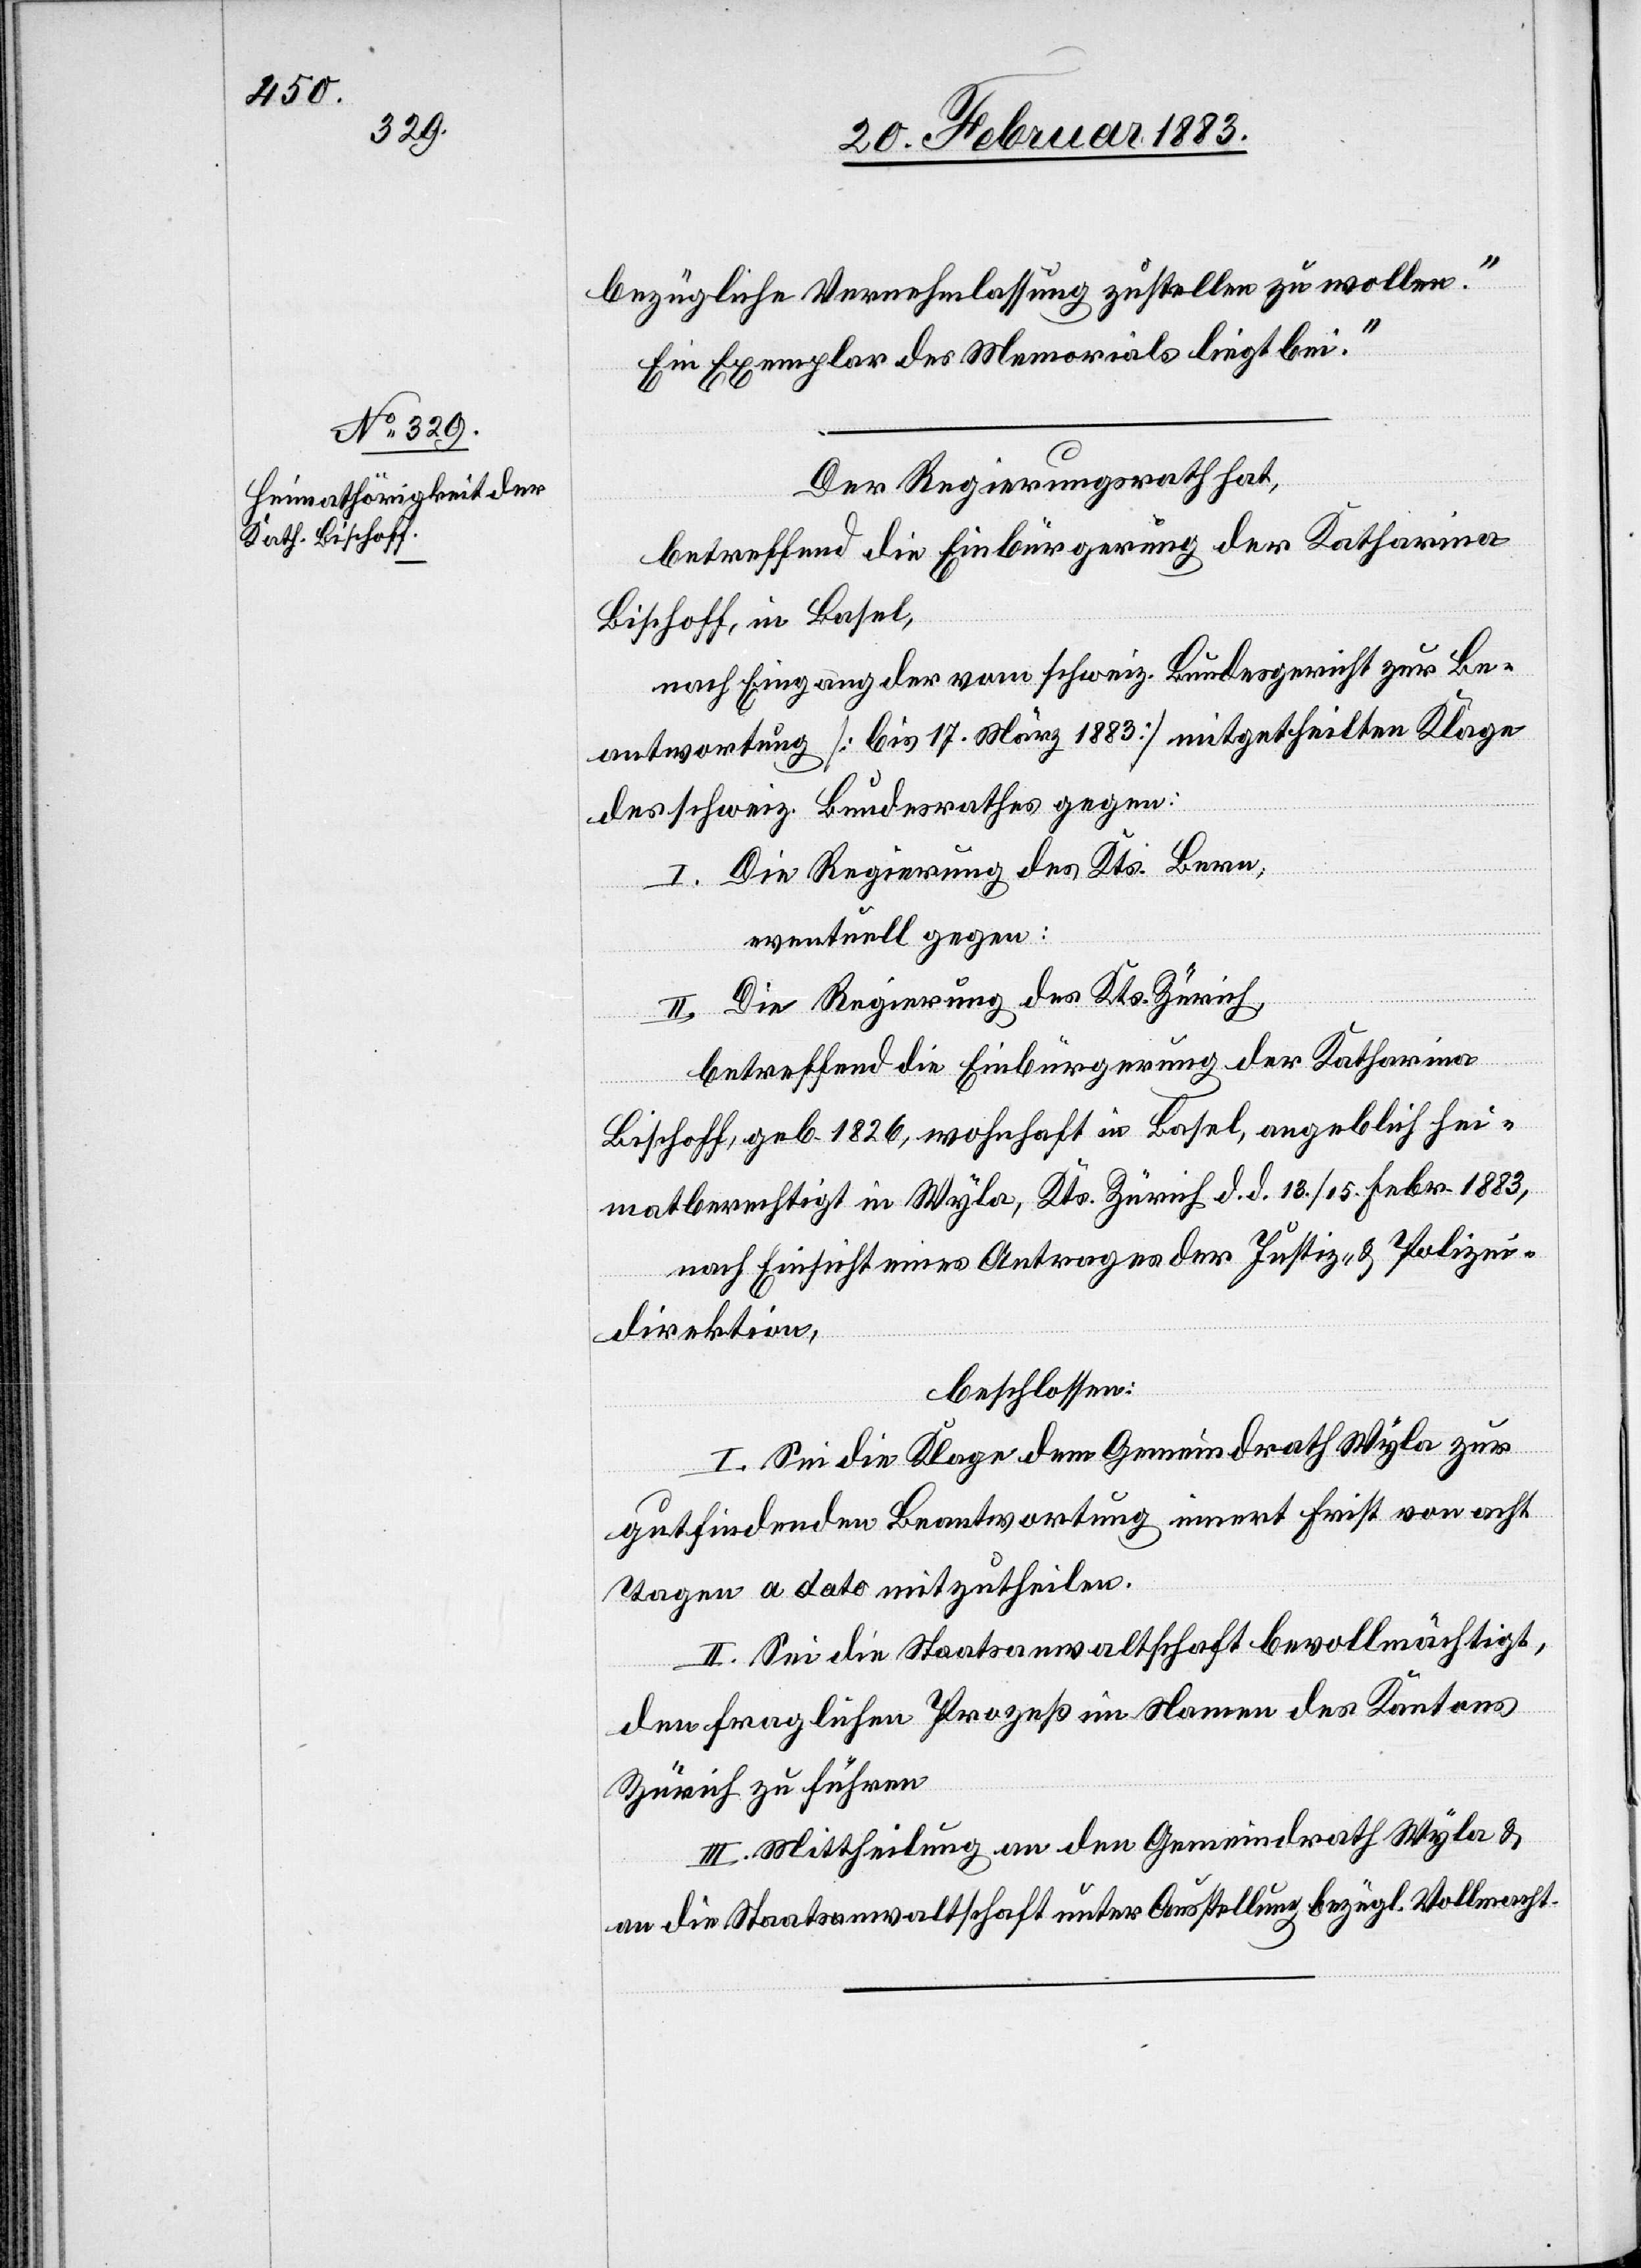
bezügliche Vernehmlassung zustellen zu wollen.
Ein Exemplar des Memorials liegt bei.“
Der Regierungsrath hat,
betreffend die Einbürgerung der Katharina
Bischoff, in Basel,
nach Eingang der vom schweiz. Bundesgericht zur Be¬
antwortung [bis 17. März 1883] mitgetheilten Klage
des schweiz. Bundesrathes gegen:
Die Regierung des Kts. Bern,
eventuell gegen:
II. Die Regierung des Kts. Zürich,
betreffend die Einbürgerung der Katharina
Bischoff, geb. 1826, wohnhaft in Basel, angeblich hei¬
matberechtigt in Wyla, Kts. Zürich d. d. 13./15. Febr. 1883,
nach Einsicht eines Antrages der Justiz- & Polizei¬
direktion,
beschlossen:
I. Sei die Klage dem Gemeindrath Wyla zur
gutfindenden Beantwortung innert Frist von acht
Tagen a dato mitzutheilen.
II. Sei die Staatsanwaltschaft bevollmächtigt,
den fraglichen Prozeß im Namen des Kantons
Zürich zu führen.
III. Mittheilung an den Gemeindrath Wyla &
an die Staatsanwaltschaft unter Ausstellung bezügl. Vollmacht.